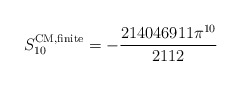
\begin{align*}S_{10}^{\rm CM,finite}=-\frac{214046911\pi^{10}}{2112}\end{align*}